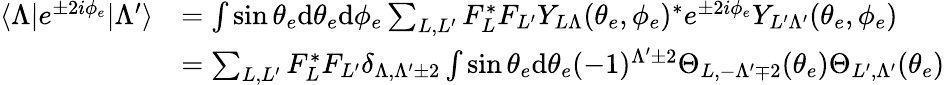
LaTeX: \begin{array}{rl}{\langle\Lambda|e^{\pm 2i\phi_{e}}|\Lambda^{\prime}\rangle}&{=\int\sin{\theta_{e}}\mathrm{d}\theta_{e}\mathrm{d}\phi_{e}\sum_{L,L^{\prime}}F_{L}^{*}F_{L^{\prime}}Y_{L\Lambda}(\theta_{e},\phi_{e})^{*}e^{\pm 2i\phi_{e}}Y_{L^{\prime}\Lambda^{\prime}}(\theta_{e},\phi_{e})}\\ &{=\sum_{L,L^{\prime}}F_{L}^{*}F_{L^{\prime}}\delta_{\Lambda,\Lambda^{\prime}\pm 2}\int\sin{\theta_{e}}\mathrm{d}\theta_{e}(-1)^{\Lambda^{\prime}\pm 2}\Theta_{L,-\Lambda^{\prime}\mp 2}(\theta_{e})\Theta_{L^{\prime},\Lambda^{\prime}}(\theta_{e})}\end{array}